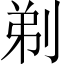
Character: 剃